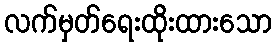
လက်မှတ်ရေးထိုးထားသော